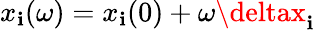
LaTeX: x_{\mathbf{i}}(\omega)=x_{\mathbf{i}}(0)+\omega\deltax_{\mathbf{i}}